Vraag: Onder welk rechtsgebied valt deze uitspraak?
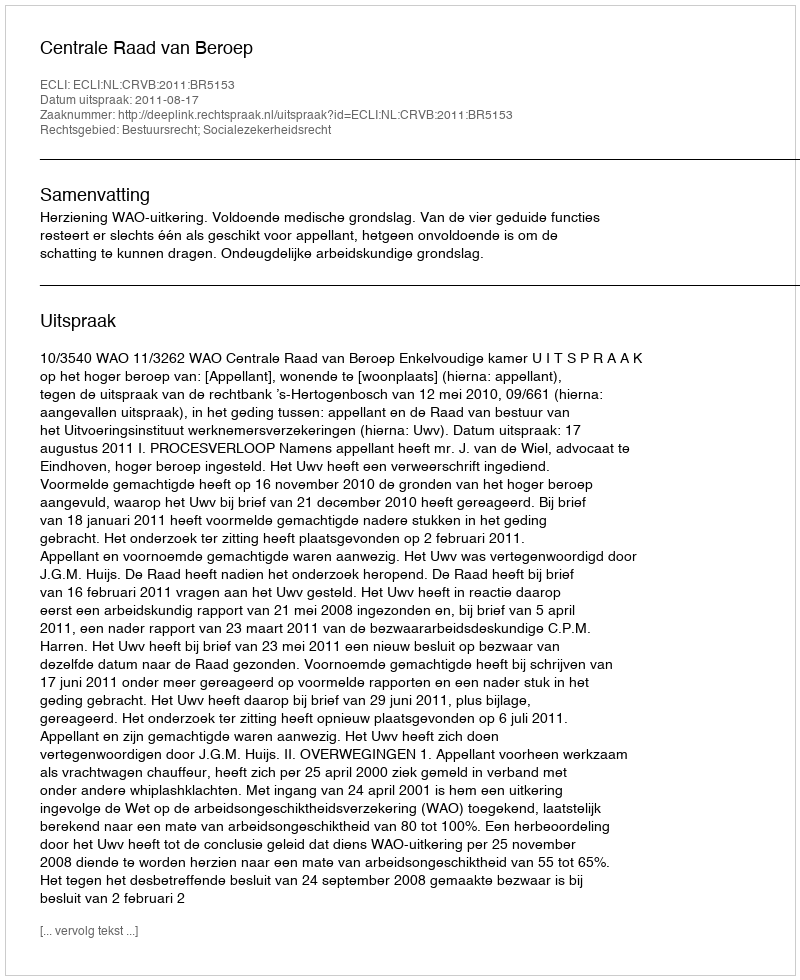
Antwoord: Bestuursrecht; Socialezekerheidsrecht